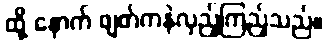
ထို့ နောက် ဖျတ်ကနဲလှည့်ကြည့်သည်။